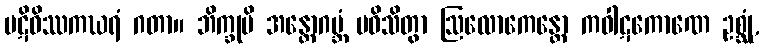
ပဋိဝိဿကဃရံ ဂတာ။ ဘိက္ခုပိ အန္တောဂဗ္ဘံ ပဝိသိတွာ ဩလောကေန္တော ကဝါဋကောဏေ ဥစ္ဆုံ,